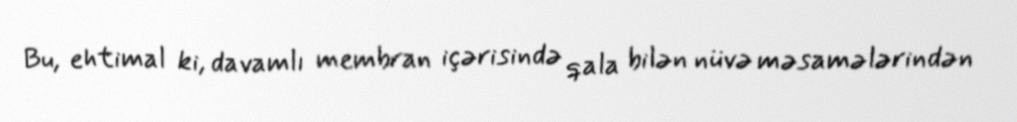
Bu, ehtimal ki, davamlı membran içərisində qala bilən nüvə məsamələrindən